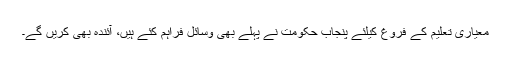
معیاری تعلیم کے فروغ کیلئے پنجاب حکومت نے پہلے بھی وسائل فراہم کئے ہیں، آئندہ بھی کریں گے۔